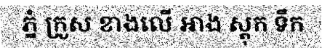
ភ្នំ ក្រួស ខាងលើ អាង ស្តុក ទឹក